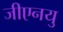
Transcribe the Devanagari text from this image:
जीएनयु